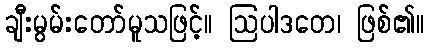
ချီးမွမ်းတော်မူသဖြင့်။ ဩပါဒတေ၊ ဖြစ်၏။